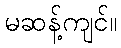
မဆန့်ကျင်။